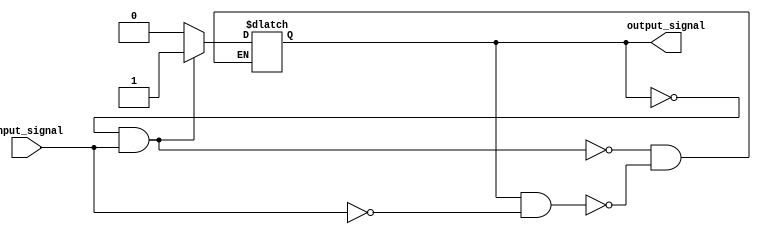
module schmitt_trigger_inverter(
    input wire input_signal,
    output wire output_signal
);

reg output_temp;

always @ (input_signal, output_temp)
begin
    if (output_temp == 1'b0 && input_signal == 1'b1)
        output_temp <= 1'b1;
    else if (output_temp == 1'b1 && input_signal == 1'b0)
        output_temp <= 1'b0;
end

assign output_signal = output_temp;

endmodule